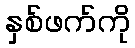
နှစ်ဖက်ကို